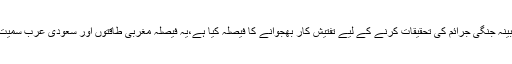
اقوامِ متحدہ نے یمن میں جاری خانہ جنگی کے دوران فریقین کی جانب سے مبینہ جنگی جرائم کی تحقیقات کرنے کے لیے تفتیش کار بھجوانے کا فیصلہ کیا ہے،یہ فیصلہ مغربی طاقتوں اور سعودی عرب سمیت عرب ریاستوں کے ایک گروہ کے درمیان کیا جانے والا ایک سمجھوتہ ہے۔